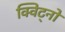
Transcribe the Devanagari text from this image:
क्विट्नो